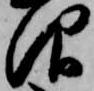
仰